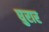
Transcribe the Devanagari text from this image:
घुरार